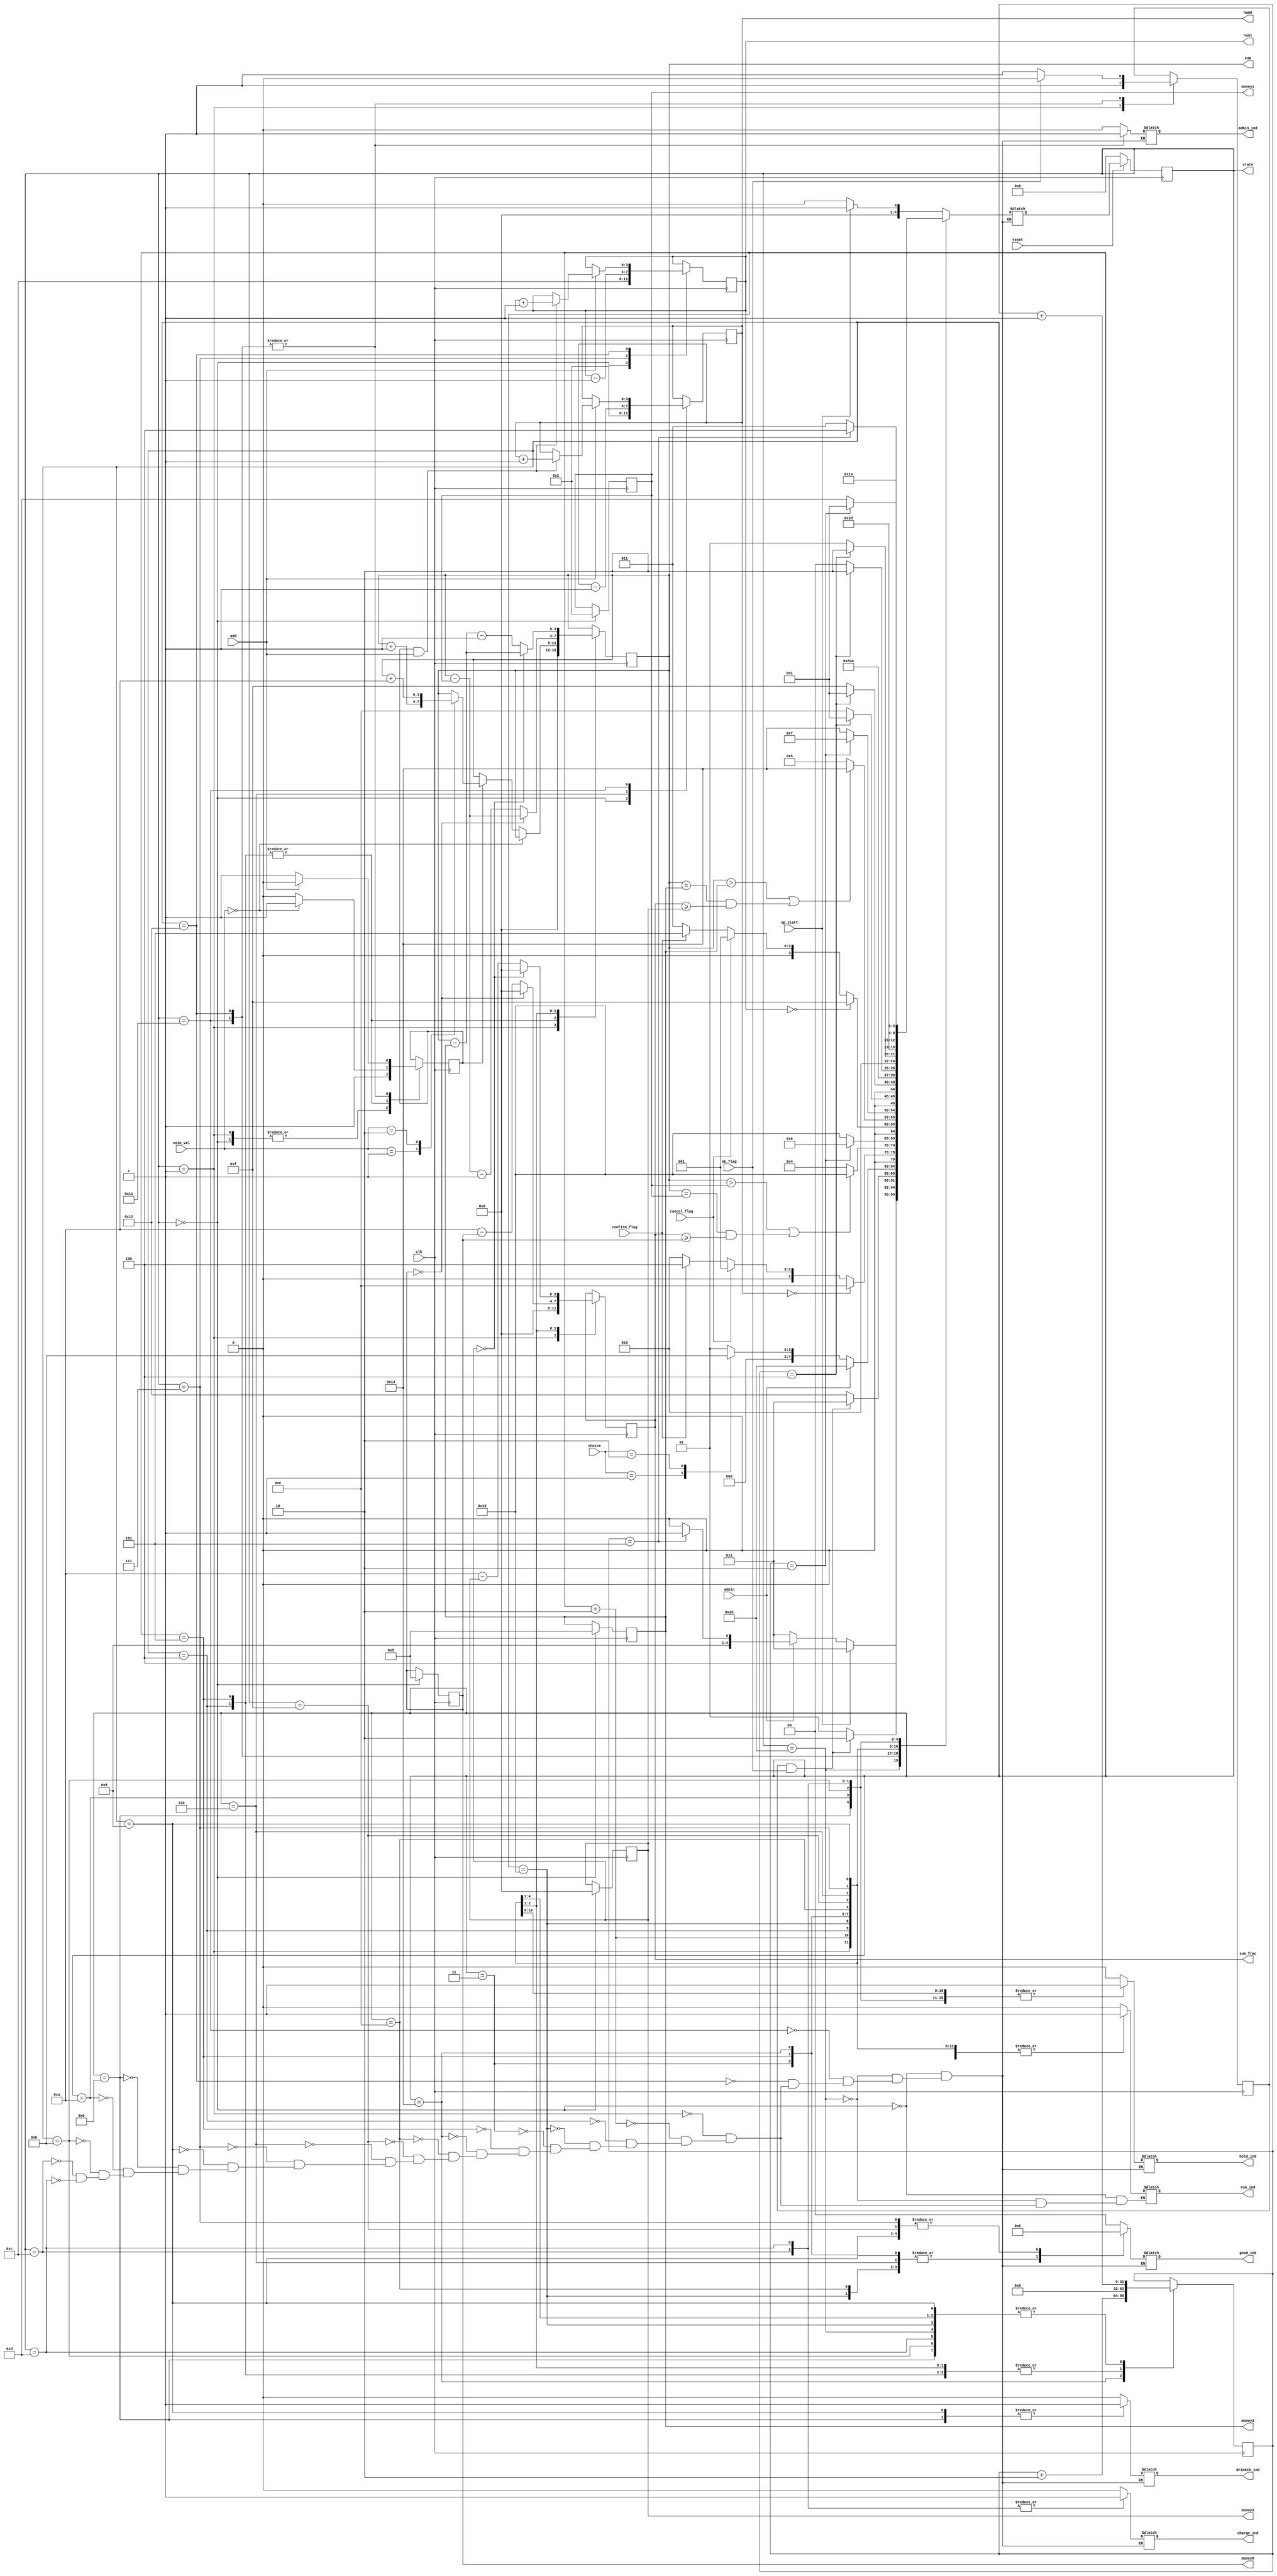
`timescale 1ns / 1ps

module fsm(
	input reset,//reset == off
	input op_start,//op_start == 1
	input clk,//
	input [1:0]choice,//
	input [1:0]coin_val,//011r1010r
	input cancel_flag,//
	input confirm_flag,//
	input admin, //5
	input add, //
	input ok_flag, //

	output reg run_ind,//
	output reg admin_ind,//
	output reg [1:0]good_ind,//
	output reg hold_ind,//
	output reg drinktk_ind,//
	output reg charge_ind,//
	// output reg charge_val,//
	output reg [3:0]sum,
	output reg [3:0]sum_frac,
	output reg [3:0]money3,
	output reg [3:0]money2,
	output reg [3:0]money1,
	output reg [3:0]money0,
	output reg [3:0]num1,
	output reg [3:0]num0,
	output reg [4:0]state
    );
	parameter s_off = 0, s_open = 1, confirm_goods1 = 2, confirm_goods2 = 3, goods1 = 4, goods2 = 5,
	buy1 = 6, buy2 = 7, get1 = 8, get2 = 9, temp_to_echo_remain = 10, echo_remain = 11, temp_to_charge = 12, charge = 13,
	temp_to_s_open1 = 14, temp_to_s_open2 = 15 ,test = 16, valid0 = 17, valid1 = 18, stop_goods1 = 19, stop_goods2 = 20;
	
	reg [4:0]next_state;
	reg [31:0]cnt, counter;
	reg activate;
	reg ok_act;

//
always@(posedge clk)
begin
	case(state)
		s_off:
		begin 
			counter <= 0;
			activate <= 1;
			money0 <= 5;
			money1 <= 2;
			money2 <= 0;
			money3 <= 5;
			num0 <= 2;
			num1 <= 12;
		end
		s_open:
		begin
			sum <= 0;
			sum_frac <= 0;
			counter <= 0;
			activate <= 1;
			counter <= 0;
			ok_act <= 1;
		end

		goods1:
		begin
			counter <= 0;
			if(coin_val == 2'b00)
				activate <= 1;
			else if(activate == 1)
			begin
				case(coin_val)
					2'b01:
					begin
						sum <= sum + 1;
						activate <= 0;
					end
					2'b10:
					begin
						sum <= sum + 10;
						activate <= 0;
					end
					default:activate <= 0;
				endcase // coin_val
			end
			else
				activate <= 0;
		end

		goods2:
		begin
			counter <= 0;
			if(coin_val == 2'b00)
				activate <= 1;
			else if(activate == 1)
			begin
				case(coin_val)
					2'b01:
					begin
						sum <= sum + 1;
						activate <= 0;
					end
					2'b10:
					begin
						sum <= sum + 10;
						activate <= 0;
					end
					default:activate <= 0;
				endcase // coin_val
			end
			else
				activate <= 0;
		end

		stop_goods1:
			counter <= counter + 1;
		stop_goods2:
			counter <= counter + 2;

		buy1:
		begin 
			sum <= money0==0 ? sum-money1 : sum-money1-1;
			sum_frac <= money0==0 ? 0 : 10 - money0;
			num0 <= num0 - 1;
			counter <= 0;
		end

		buy2:
		begin 
			sum <= money2==0 ? sum-money3 : sum-money3-1;
			sum_frac <= money2==0 ? 0 : 10 - money2;
			num1 <= num1 - 1;
			counter <= 0;
		end

		get1, get2:
			counter <= counter + 1;

		temp_to_echo_remain:
			counter <= 0;

		echo_remain:
			counter <= counter + 1;

		temp_to_charge:
			counter <= 0;

		temp_to_s_open1, temp_to_s_open2:
			counter <= counter + 1;

		charge:
			counter <= counter + 1;

		test:
			counter <= counter + 1;

		valid0:
		begin 
			if(add == 0)
				activate <= 1;
			else if(activate == 1 && add == 1)
			begin 
				num0 <= num0 + 1;
				activate <= 0;
			end
			else
				activate <= 0;
			if(ok_flag == 0)
				ok_act <= 1;
			else
				ok_act <= 0;
		end

		valid1:
		begin 
			if(add == 0)
				activate <= 1;
			else if(activate == 1 && add == 1)
			begin 
				num1 <= num1 + 1;
				activate <= 0;
			end
			else
				activate <= 0;
			if(ok_flag == 0)
				ok_act <= 1;
			else
				ok_act <= 0;
		end

	endcase // state

	if(reset == 0)//use cpu reset
		state <= s_off;
	else
		state <= next_state;
end


//
always@(*)
begin
	case(state)
		s_off:
		begin
			run_ind <= 0;
			hold_ind <= 0;
			drinktk_ind <= 0;
			good_ind <= 2'b00;
			charge_ind <= 0;
			admin_ind <= 0;
			if(op_start == 1)
				next_state <= s_open;
			else
				next_state <= s_off;
		end

		test:
		begin
			run_ind <= 1;
			hold_ind <= 0;
			drinktk_ind <= 0;
			good_ind <= 2'b00;
			charge_ind <= 0;
			admin_ind <= 0;
			if(op_start == 1)
				next_state <= s_open;
			else if(admin == 1)
			begin 
				if(counter == 5)	
					next_state <= valid0;
				else
					next_state <= test;
			end
			else
				next_state <= s_open;
		end


		valid0:
		begin 
			hold_ind <= 0;
			drinktk_ind <= 0;
			good_ind <= 2'b00;
			charge_ind <= 0;
			admin_ind <= 1;

			if(ok_act == 1 && ok_flag == 1)
				next_state <= valid1;
			else
				next_state <= valid0;
		end

		valid1:
		begin 
			hold_ind <= 0;
			drinktk_ind <= 0;
			good_ind <= 2'b00;
			charge_ind <= 0;
			admin_ind <= 1;

			if(ok_act == 1 && ok_flag == 1)
				next_state <= s_open;
			else
				next_state <= valid1;
		end

		s_open:
		begin
			run_ind <= 1;
			hold_ind <= 0;
			drinktk_ind <= 0;
			good_ind <= 2'b00;
			charge_ind <= 0;
			admin_ind <= 0;
			if(admin == 1)
				next_state <= test;
			else
			case(choice)
				2'b01:
				next_state <= confirm_goods1;
				2'b10:
				next_state <= confirm_goods2;
				default:
				next_state <= s_open;
			endcase // choice
		end

		confirm_goods1:
		begin
			run_ind <= 1;
			hold_ind <= 1;
			drinktk_ind <= 0;
			good_ind <= 2'b01;
			charge_ind <= 0;
			admin_ind <= 0;
			if(num0 == 0)
				next_state <= temp_to_s_open1;
			else if(cancel_flag == 1)
				next_state <= s_open;
			else if(confirm_flag == 1)
				next_state <= goods1;
			else
				next_state <= confirm_goods1;
		end

		goods1:
		begin
			run_ind <= 1;
			hold_ind <= 1;
			drinktk_ind <= 0;
			good_ind <= 2'b01;
			charge_ind <= 0;
			admin_ind <= 0;
			if(sum > money1 || (sum == money1 && sum_frac >= money0))
				next_state <= stop_goods1;
			else
				next_state <= goods1;
		end

		stop_goods1:
		begin
			run_ind <= 1;
			hold_ind <= 1;
			drinktk_ind <= 0;
			good_ind <= 2'b01;
			charge_ind <= 0;
			admin_ind <= 0;
			if(counter == 2)
				next_state <= buy1;
			else
				next_state <= stop_goods1;
		end

		confirm_goods2:
		begin
			run_ind <= 1;
			hold_ind <= 1;
			drinktk_ind <= 0;
			good_ind <= 2'b10;
			charge_ind <= 0;
			admin_ind <= 0;
			if(num1 == 0)
				next_state <= temp_to_s_open2;
			else if(cancel_flag == 1)
				next_state <= s_open;
			else if(confirm_flag == 1)
				next_state <= goods2;
			else
				next_state <= confirm_goods2;
		end

		goods2:
		begin
			run_ind <= 1;
			hold_ind <= 1;
			drinktk_ind <= 0;
			good_ind <= 2'b10;
			charge_ind <= 0;
			admin_ind <= 0;
			if(sum > money3 || (sum == money3 && sum_frac >= money2))
				next_state <= stop_goods2;
			else
				next_state <= goods2;
		end

		stop_goods2:
		begin
			run_ind <= 1;
			hold_ind <= 1;
			drinktk_ind <= 0;
			good_ind <= 2'b10;
			charge_ind <= 0;
			admin_ind <= 0;
			if(counter == 2)
				next_state <= buy2;
			else
				next_state <= stop_goods2;
		end

		temp_to_s_open1:
		begin 
			run_ind <= 1;
			hold_ind <= 1;
			drinktk_ind <= 0;
			good_ind <= 2'b01;
			charge_ind <= 0;
			admin_ind <= 0;
			if(counter == 4)
				next_state <= s_open;
			else
				next_state <= temp_to_s_open1;
		end

		temp_to_s_open2:
		begin 
			run_ind <= 1;
			hold_ind <= 1;
			drinktk_ind <= 0;
			good_ind <= 2'b10;
			charge_ind <= 0;
			admin_ind <= 0;
			if(counter == 4)
				next_state <= s_open;
			else
				next_state <= temp_to_s_open2;
		end

		buy1:
		begin
			run_ind <= 1;
			hold_ind <= 1;
			drinktk_ind <= 0;
			good_ind <= 2'b01;
			charge_ind <= 0;
			admin_ind <= 0;
			next_state <= get1;
		end

		buy2:
		begin
			run_ind <= 1;
			hold_ind <= 1;
			drinktk_ind <= 0;
			good_ind <= 2'b10;
			charge_ind <= 0;
			admin_ind <= 0;
			next_state <= get2;
		end

		get1:
		begin
			run_ind <= 1;
			hold_ind <= 1;
			drinktk_ind <= 1;
			good_ind <= 2'b01;
			charge_ind <= 0;
			admin_ind <= 0;
			if(counter == 4)
				next_state <= temp_to_echo_remain;
			else
				next_state <= get1;
		end

		get2:
		begin
			run_ind <= 1;
			hold_ind <= 1;
			drinktk_ind <= 1;
			good_ind <= 2'b10;
			charge_ind <= 0;
			admin_ind <= 0;
			if(counter == 4)
				next_state <= temp_to_echo_remain;
			else
				next_state <= get2;
		end

		temp_to_echo_remain:
		begin
			run_ind <= 1;
			hold_ind <= 1;
			drinktk_ind <= 0;
			good_ind <= 0;
			charge_ind <= 0;
			admin_ind <= 0;
			next_state <= echo_remain;
		end

		echo_remain:
		begin
			run_ind <= 1;
			hold_ind <= 1;
			drinktk_ind <= 0;
			good_ind <= 0;
			charge_ind <= 0;
			admin_ind <= 0;
			if(counter == 5)
				next_state <= temp_to_charge;
			else
				next_state <= echo_remain;
		end

		temp_to_charge:
		begin
			run_ind <= 1;
			hold_ind <= 1;
			drinktk_ind <= 0;
			good_ind <= 0;
			charge_ind <= 1;
			admin_ind <= 0;
			next_state <= charge;
		end

		charge:
		begin
			run_ind <= 1;
			hold_ind <= 1;
			drinktk_ind <= 0;
			good_ind <= 0;
			charge_ind <= 1;
			admin_ind <= 0;
			if(counter == 2)
				next_state <= s_open;
			else
				next_state <= charge;
		end


	endcase // state
end

// //RAM
// always@(*)


endmodule // fsm